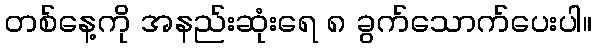
တစ်နေ့ကို အနည်းဆုံးရေ ၈ ခွက်သောက်ပေးပါ။